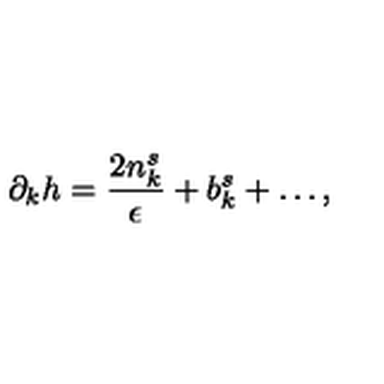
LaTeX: \partial _ { k } h = \frac { 2 n _ { k } ^ { s } } { \epsilon } + b _ { k } ^ { s } + \dots ,